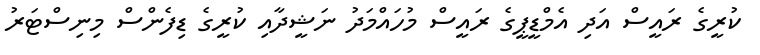
ކުރީގެ ރައީސް އަދި އެމްޑީޕީގެ ރައީސް މުހައްމަދު ނަޝީދާއި ކުރީގެ ޑިފެންސް މިނިސްޓަރު